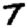
Digit: 7